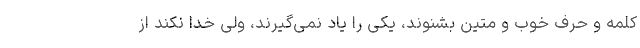
کلمه و حرف خوب و متین بشنوند، یکی را یاد نمی‌گیرند، ولی خدا نکند از